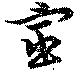
宦